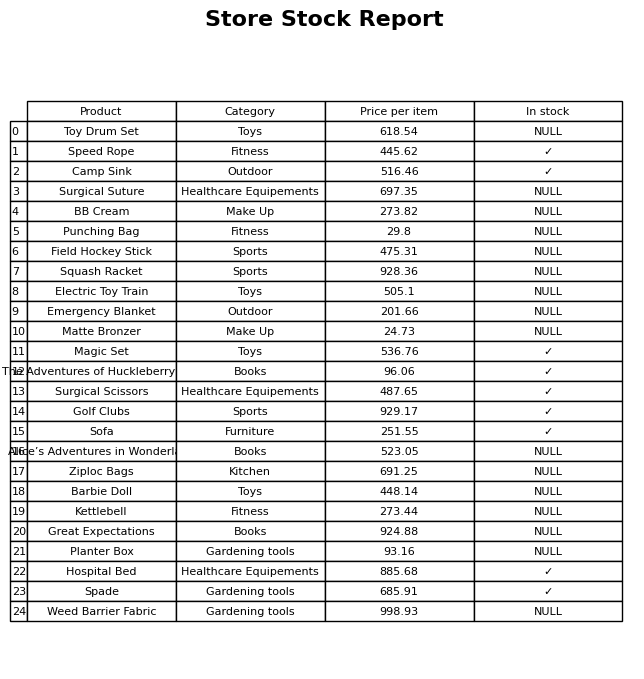
question: What is the price of the Camp Sink?
answer: The price of Camp Sink is 516.46.